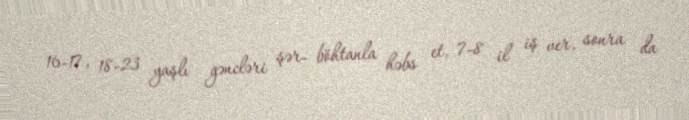
16-17, 18-23 yaşlı gəncləri şər- böhtanla həbs et, 7-8 il iş ver, sonra da